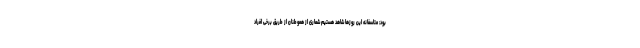
بود: متاسفانه این روزها شاهد هستیم شماری از هموطنان از طریق برخی افراد